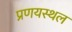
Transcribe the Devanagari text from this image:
प्रणयस्थल